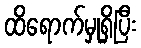
ထိရောက်မှုရှိပြီး